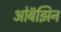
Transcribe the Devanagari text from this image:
ओबॅझिन